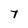
Character: 7